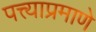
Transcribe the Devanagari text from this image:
पत्त्याप्रमाणे